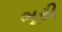
ભૂરી